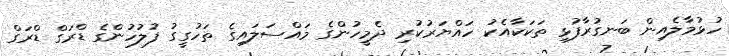
ހުޅުމާލެއިން ބަނގުރާފުޅި ތަކަކާއެކު ހައްޔަރުކުރި ދެމީހުންގެ މައްސަލައިގެ ތަހުގީގު ފުލުހުންގެ ޑްރަގް ޑްރަގް